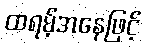
ထရမ့်အနေဖြင့်